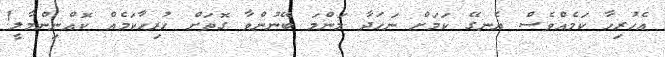
އެހުރިހާ ކަމެއްވެސް އެނގޭ ކަމަށް ނަހަދާ މަންމަ ބޭނުންވާ ގޮތަށް ހުރިހާކަމެއް ކޮއްނިންމާލީ!